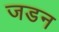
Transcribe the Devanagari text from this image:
जडन